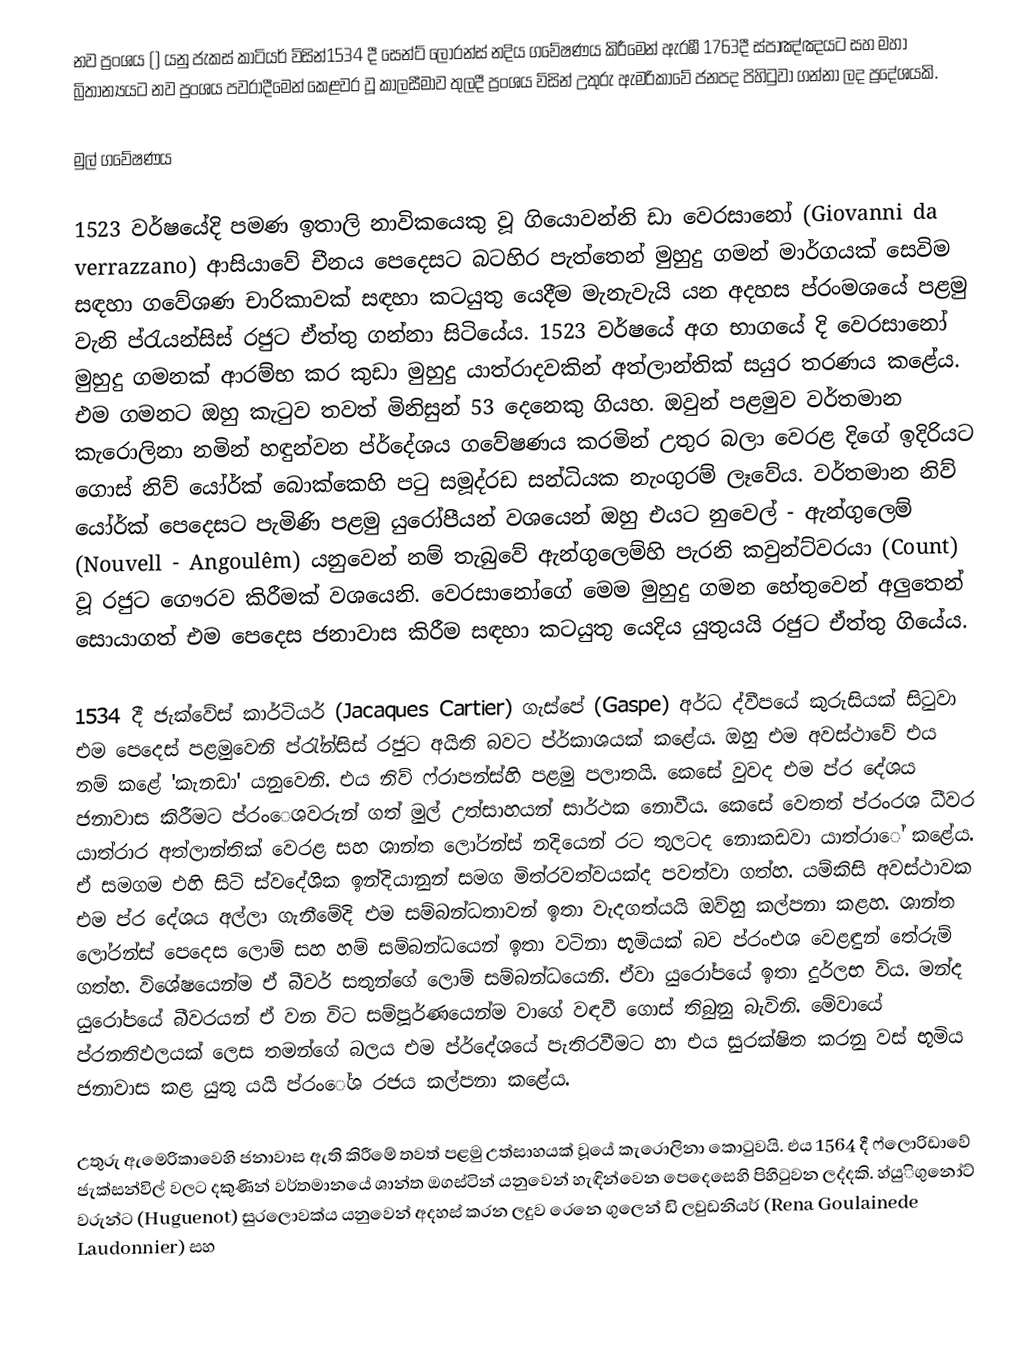
නව ප්‍රංශය () යනු ජැකස් කාටියර් විසින්1534 දී  සෙන්ට් ලෝරන්ස් නදිය ගවේෂණය කිරීමෙන් ඇරඹී   1763දී   ස්පාඤ්ඤයට සහ මහා බ්‍රිතාන්‍යයට නව ප්‍රංශය පවරාදීමෙන් කෙළවර වූ කාලසීමාව තුලදී  ප්‍රංශය විසින් උතුරු ඇමරිකාවේ ජනපද පිහිටුවා ගන්නා ලද ප්‍රදේශයකි.

මුල් ගවේෂණය

1523 වර්ෂයේදි පමණ ඉතාලි නාවිකයෙකු වූ ගියොවන්නි ඩා වෙරසානෝ (Giovanni da verrazzano) ආසියාවේ චීනය පෙදෙසට බටහිර පැත්තෙන් මුහුදු ගමන් මාර්ගයක් සෙවිම සඳහා ගවේශණ චාරිකාවක් සඳහා කටයුතු යෙදීම මැනැවැයි යන අදහස  ප්රංමශයේ පළමු වැනි ප්රැයන්සිස් රජුට ඒත්තු ගන්නා සිටියේය. 1523 වර්ෂයේ අග භාගයේ දි වෙරසානෝ මුහුදු ගමනක් ආරම්භ කර කුඩා මුහුදු යාත්රාදවකින් අත්ලාන්තික් සයුර තරණය කළේය. එම ගමනට ඔහු කැටුව තවත් මිනිසුන් 53 දෙනෙකු ගියහ. ඔවුන් පළමුව වර්තමාන කැරොලිනා නමින් හඳුන්වන ප්ර්දේශය ගවේෂණය කරමින් උතුර බලා වෙරළ දිගේ ඉදිරියට ගොස් නිව් යෝර්ක් බොක්කෙහි පටු සමූද්රඩ සන්ධියක නැංගුරම් ලෑවේය. වර්තමාන නිව් යෝර්ක් පෙදෙසට පැමිණි පළමු යුරෝපීයන් වශයෙන් ඔහු එයට නුවෙල් - ඇන්ගුලෙම් (Nouvell - Angoulêm) යනුවෙන් නම් තැබුවේ ඇන්ගුලෙම්හි පැරනි කවුන්ට්වරයා (Count) වූ රජුට ගෞරව කිරීමක් වශයෙනි. වෙරසානෝගේ මෙම මුහුදු ගමන ‍හේතුවෙන් අලුතෙන් සොය‍ාගත් එම පෙදෙස ජනාවාස කිරීම සඳහා කටයුතු යෙදිය යුතුයයි රජුට ඒත්තු ගියේය.

1534 දී ජැක්වේස් කාර්ටියර් (Jacaques Cartier) ගැස්පේ (Gaspe) අර්ධ ද්වීපයේ කුරුසියක් සිටුවා එම පෙදෙස් පළමුවෙනි ප්රැ්න්සිස් රජුට අයිති බවට ප්ර්කාශයක් කළේය. ඔහු එම අවස්ථාවේ එය නම් කළේ 'කැනඩා' යනුවෙනි. එය නිව් ෆ්රාපන්ස්හි පළමු පලාතයි. කෙසේ වුවද එම ප්ර දේශය ජනාවාස කිරීමට ප්රංෙශවරුන් ගත් මුල් උත්සාහයන් සාර්ථක නොවීය. කෙසේ වෙතත් ප්රංරශ ධීවර යාත්රාර අත්ලාන්තික් වෙරළ සහ ශාන්ත ලෝරන්ස් නදියෙන් රට තුලටද නොකඩවා යාත්රාේ කළේය. ඒ සමගම එහි සිටි ස්වදේශික ඉන්දියානුන් සමග මිත්රවත්වයක්ද පවත්වා ගත්හ. යම්කිසි අවස්ථාවක එම ප්ර දේශය අල්ලා ගැනීමේදි එම සම්බන්ධතාවන් ඉතා වැදගත්යයි ඔව්හු කල්පනා කළහ. ශාන්ත ලෝරන්ස් පෙදෙස ලොම් සහ හම් සම්බන්ධයෙන් ඉතා වටිනා භූමියක් බව ප්රංඑශ වෙළඳුන් තේරුම් ගත්හ. විශේෂයෙන්ම ඒ බීවර් සතුන්ගේ ලොම් සම්බන්ධයෙනි.  ඒවා යුරෝපයේ ඉතා දුර්ලභ විය. මන්ද යුරෝපයේ බීවරයන් ඒ වන විට සම්පූර්ණයෙන්ම වාගේ වඳවී ගොස් තිබුනු බැවිනි. මේවායේ ප්රනතිඵලයක් ලෙස තමන්ගේ බලය එම ප්ර්දේශයේ පැතිරවීමට හා එය සුරක්ෂිත කරනු වස් භූමිය ජනාවාස කළ යුතු යයි ප්රංේශ රජය කල්පනා කළේය.

උතුරු ඇමෙරිකාවෙහි ජනාවාස ඇති කිරීමේ තවත් පළමු උත්සාහයක් වූයේ කැරොලිනා කොටුවයි. එය 1564 දී ෆ්ලොරිඩාවේ ජැක්සන්විල් වලට දකුණින් වර්තමානයේ ශාන්ත ඔගස්ටින් යනුවෙන් හැඳින්වෙන පෙදෙසෙහි පිහිටුවන ලද්දකි. හ්යුිගුනෝට් වරුන්ට (Huguenot) සුරලෙ‍ාවක්ය යනුවෙන් අදහස් කරන ලදුව රෙනෙ ගුලෙන් ඩි ලවුඩනියර් (Rena Goulainede Laudonnier) සහ